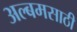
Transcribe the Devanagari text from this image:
अल्बमसाठी